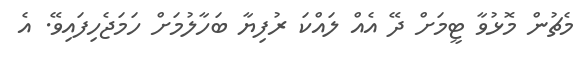
މެޗުން މޮޅުވާ ޓީމަށް ދޭ އެއް ލައްކަ ރުފިޔާ ބަހާލުމަށް ހަމަޖެހިފައިވޭ. އެ